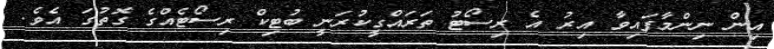
އިން ނިންމާފައިވާ އިރު އެ ރިސޯޓު ތަރައްގީކުރަނީ ބުޓިކް ރިސޯޓެއްގެ ގޮތުގަ އެވެ.